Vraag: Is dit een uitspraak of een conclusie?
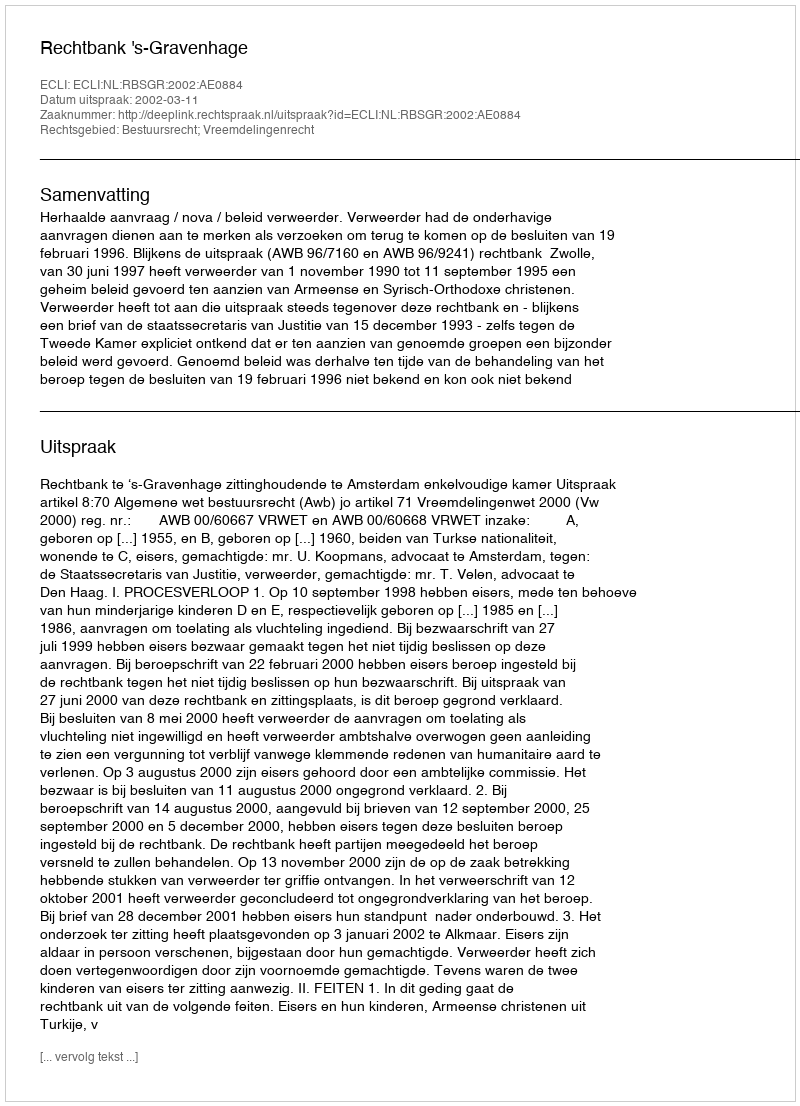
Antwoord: Uitspraak